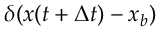
\delta ( x ( t + \Delta t ) - x _ { b } )